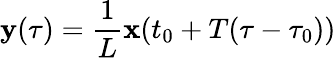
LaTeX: {\mathbf y}(\tau)=\frac{1}{L}{\mathbf x}(t_{0}+T(\tau-\tau_{0}))